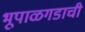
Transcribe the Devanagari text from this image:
भूपाळगडाची